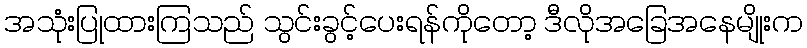
အသုံးပြုထားကြသည် သွင်းခွင့်ပေးရန်ကိုတော့ ဒီလိုအခြေအနေမျိုးက